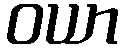
ဝယာ